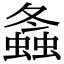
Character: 螽